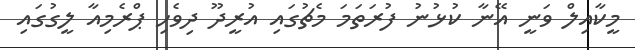
މީކާއިލް ވަނީ އޭނާ ކުޅުނު ފުރަތަމަ މެޗުގައި އުރީދޫ ދިވެހި ޕްރެމިއާ ލީގުގައި